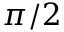
\pi / 2